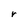
Character: r